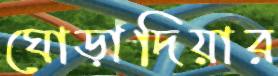
ঘোড়াদিয়ার